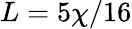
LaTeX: L=5\chi/16